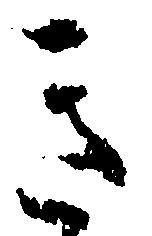
遣